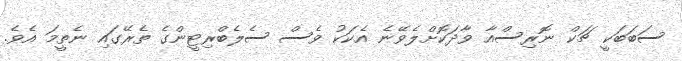
ސަބަބަކީ ޗަކް ނޮރިސްއާ ވާދަކޮށްލެވޭނެ އެކަކު ވެސް ސެލެބްރިޓީންގެ ތެރޭގައި ނެތީމަ އެވެ.